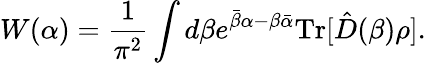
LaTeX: W(\alpha)=\frac{1}{\pi^{2}}\int d\beta e^{\bar{\beta}\alpha-\beta\bar{\alpha}}\mathrm{Tr}[\hat{D}(\beta)\rho].